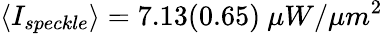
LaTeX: \langle I_{speckle}\rangle=7.13(0.65)~\mu W/{\mu m}^{2}